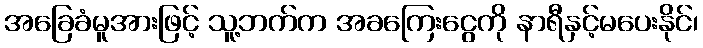
အခြေခံမူအားဖြင့် သူ့ဘက်က အခကြေးငွေကို နာရီနှင့်မပေးနိုင်၊